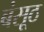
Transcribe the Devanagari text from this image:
बंसूठ